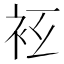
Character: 𧘛